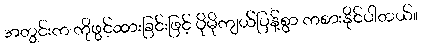
အတွင်းက ကိုဖွင့်ထားခြင်းဖြင့် ပိုမိုကျယ်ပြန့်စွာ ကစားနိုင်ပါတယ်။